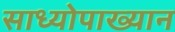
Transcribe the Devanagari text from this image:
साध्योपाख्यान